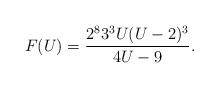
LaTeX: \begin{align*}F(U) = \frac{2^83^3U(U-2)^3}{4U-9}.\end{align*}